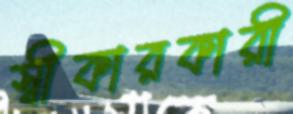
স্বীকারকারী